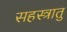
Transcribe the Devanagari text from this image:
सहस्त्रातु